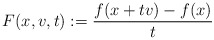
\begin{align*}F(x,v,t):= \frac{f(x+tv) - f(x)}{t}\end{align*}